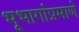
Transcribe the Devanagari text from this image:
भूभागांप्रमाणे